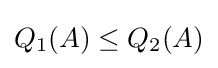
Q_{1}(A)\leq Q_{2}(A)